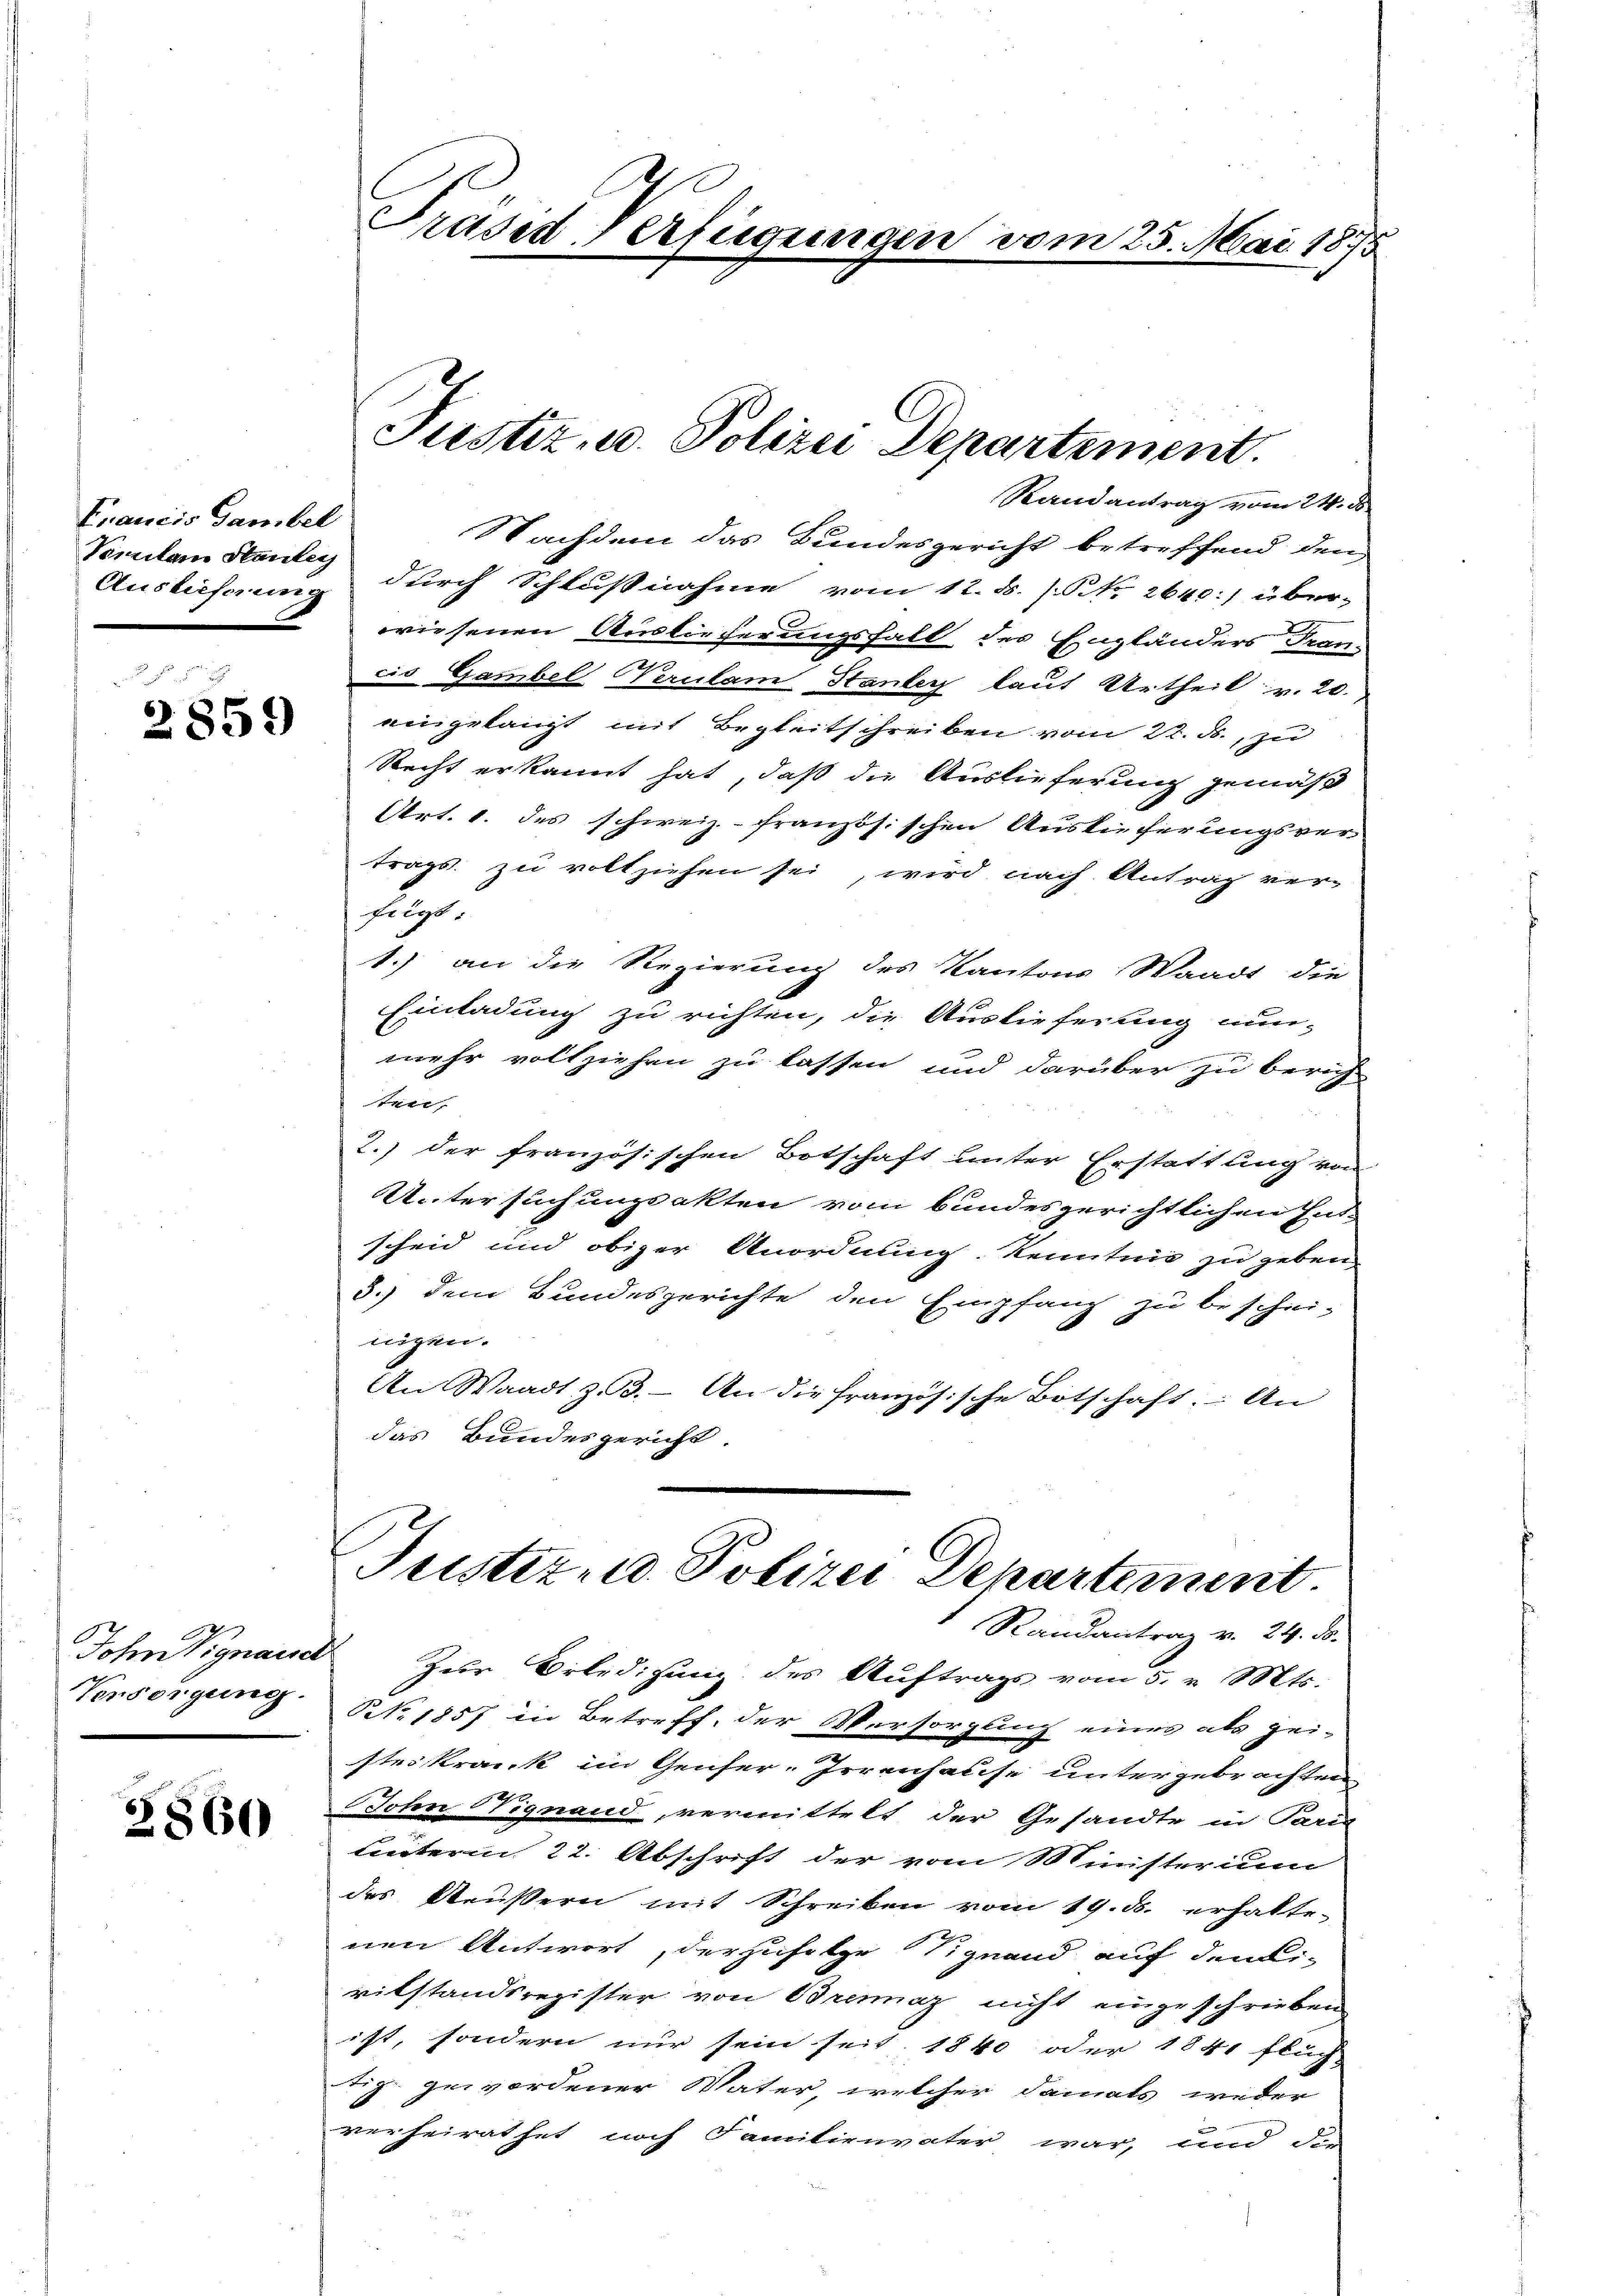
Francis Gambel
Vomitam Stantey
Auslieferung

2859)

Versorgung.

2860

Präsid Verfügungen vom 25. Mai 1875

Randantrag vom 24. ds.
Nachdem das Bundesgericht betreffend den
durch Schlußnahme vom 12. d. [NNo. 2640:) über-
wiesenen Auslieferungsfall des Engländers Franz
cis Gambel Verulam Stanley laut Urtheil v. 20.
eingelangt mit Begleitschreiben vom 22. F., zu
Recht erkannt hat, daß die Auslieferung gemäß
t
Art. 1. des schweiz.- französischen Auslieferungsvertrags zu vollziehen sei, wird nach Antrag ver-
fiigt:
1.) an die Regierung des Kantons Waadt die
Einladung zu richten, die Auslieferung nun-
.
mehr vollziehen zu lassen und darüber zu berich-
ten,
2.) der französischen Botschaft unter Erstattung von
Untersuchungsakten vom bundesgerichtlichen Ent-
scheid und obiger Anordnung Kenntnis zu geben.
3.) dem Bundesgerichte den Empfang zu beschei-
nigen.
An Waadt Z. 3. An die französische Botschaft. An
das Bundesgericht.
Justiz- u. Polizei Departement.

Justiz- u. Polizei Departement.

Randantrag v. 24. ds.

John Signaud Zur Erledigung des Auftrags vom 5. v. Mts.
NNo. 1857 in Betreff, der Versorgung eines als gei-
steskrank im Genfer-Irrenhause untergebrachten
Bohn Signand, vermittelt der Gesandte in Paris
Leiterm 22. Abschrift der vom Ministerium
des Aeussern mit Schreiben vom 19. ds. erhalte-
nen Antwort, derzufolge Signand auf dem-
vilstandsregister von Bremaz nicht eingeschrieben
ist, sondern nur sein seit 1840 oder 1841 fluch
tig gewordener Vater, welcher damals weder
verheirathet noch Familienvater war, und di